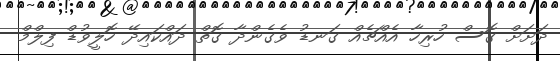
ދަށަށް ގޮސް ހުރިހާ އެއްޗެއް ގަނޑު ވެގެންދާ ގޮތް ދައްކައިދޭ ހޮލީވުޑް ފިލްމް